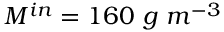
M ^ { i n } = 1 6 0 \ g \ m ^ { - 3 }